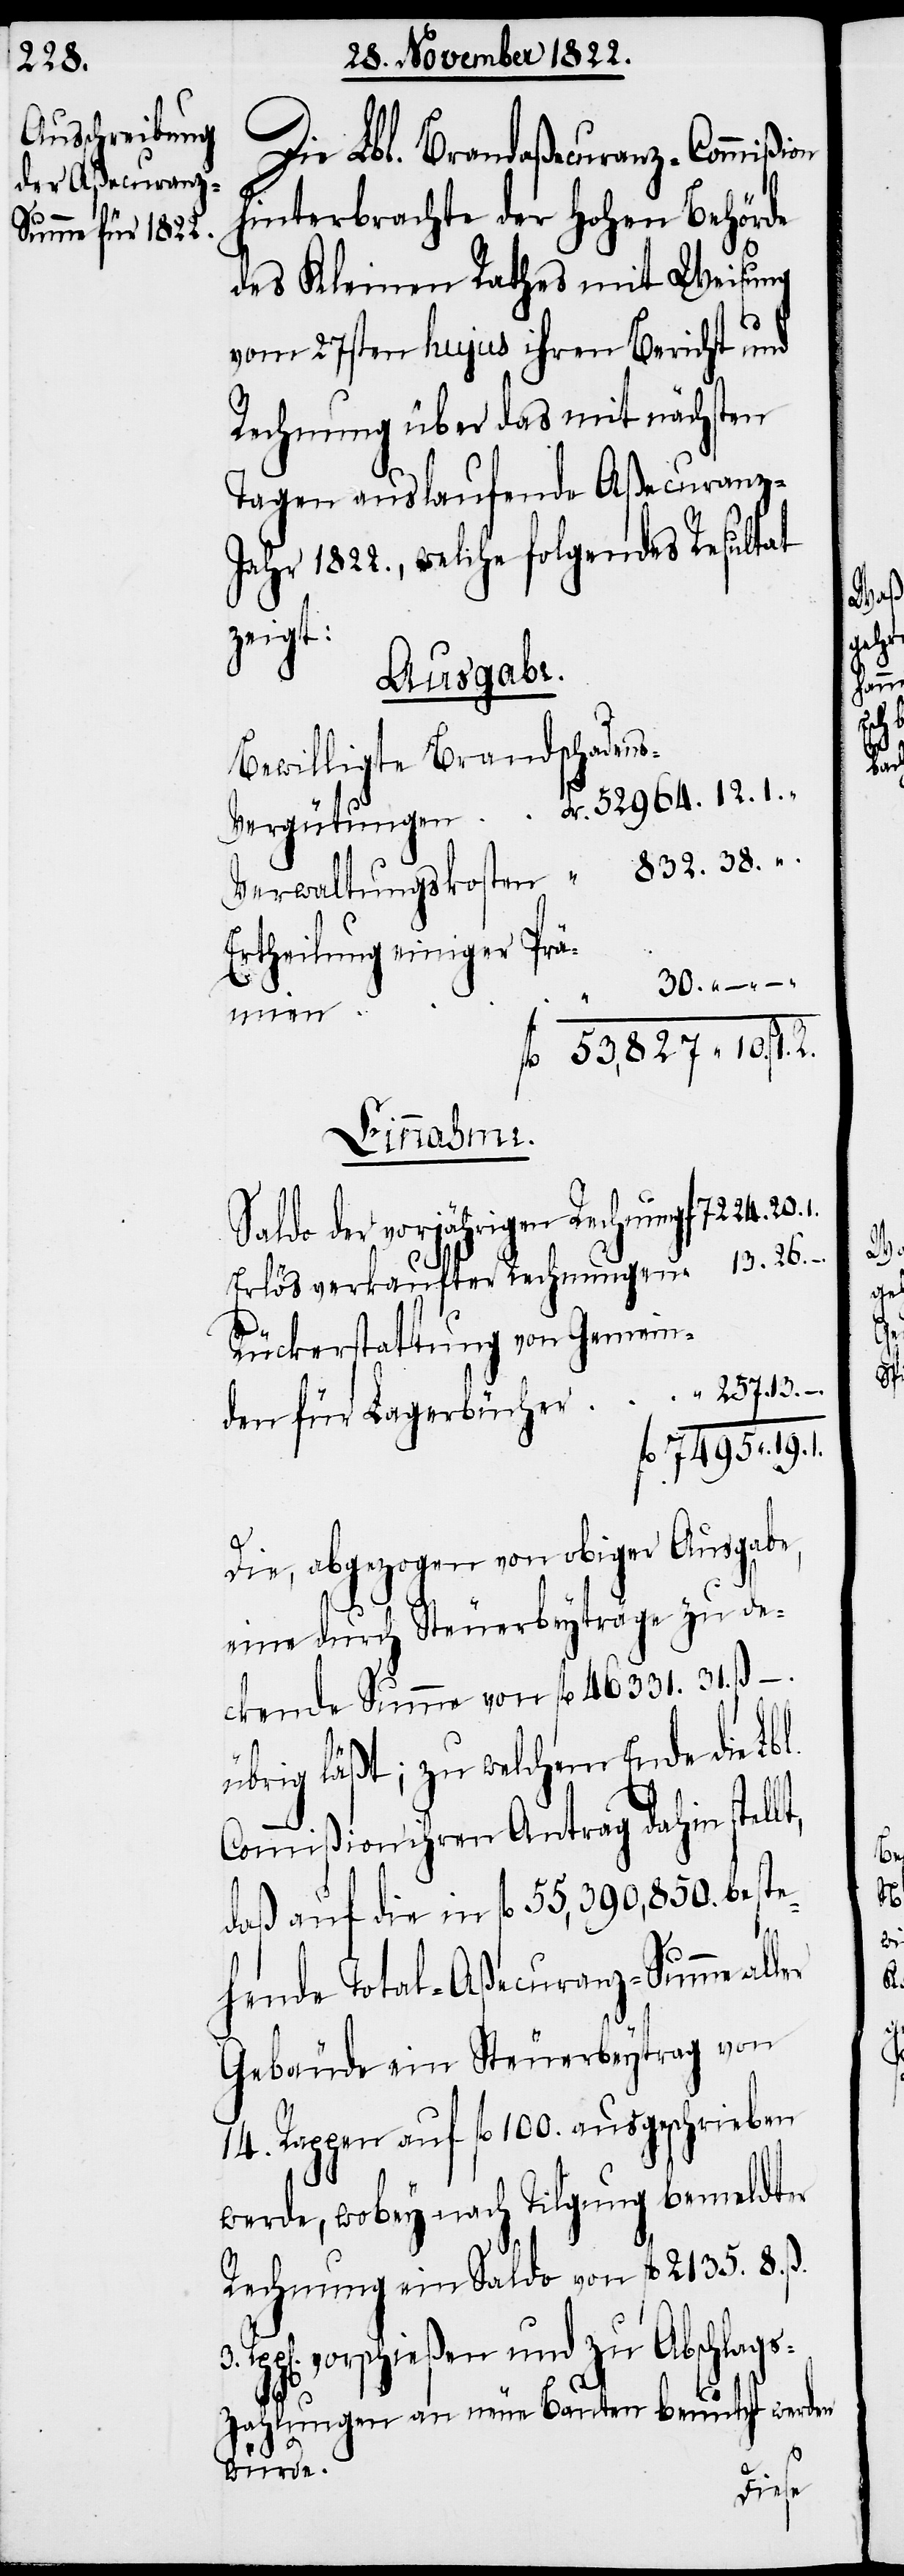
26.

Die Lbl. Brandaßecuranz-Commißion
hinterbrachte der Hohen Behörde
des Kleinen Rathes mit Weisung
vom 27sten hujus ihren Bericht und
Rechnung über das mit nächsten
Tagen auslaufende Aßecuranz-J¬
ahr 1822., welche folgendes Resultat
zeigt:
Ausgabe.
Bewilligte Brandschadens¬
Ertheilung einiger Prä¬
3.
8.
Einnahme.
Saldo der vorjährigen Rechnung
Erlös verkaufter Rechnungen
Rückerstattung von Gemein¬
Die, abgezogen von obiger Ausgabe,
eine durch Steuerbeyträge zu de¬
ckende Summe von fl. 46 331. 31. ß. –.
übrig läßt; zu welchem Ende die Lb¬
Commißion ihren Antrag dahin stell¬
daß auf die in fl. 55,390,850. beste¬
hende Total-Aßecuranz-Summe
Gebäude ein Steuerbeytrag von
14. Rappen auf fl. 199. ausgeschrieben
werde, wobey nach Tilgung bemeldter
Rechnung ein Saldo von fl. 2135.
vorschießen und zu Abschlags¬
zahlungen an neue Bauten benützt werden
würde.
mien